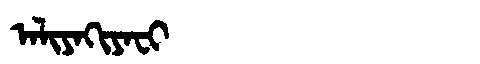
Manchu: ᠠᠯᡳᠶᠠᡴᡳᠶᠠᠸᡳ
Romanization: ALIYAKIYAFI